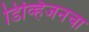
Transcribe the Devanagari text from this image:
डिव्हिजनचा